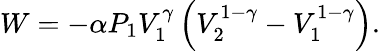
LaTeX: W=-\alpha P_{1}V_{1}^{\gamma}\left(V_{2}^{1-\gamma}-V_{1}^{1-\gamma}\right).